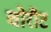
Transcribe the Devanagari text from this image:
चोरौट